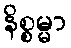
နိစ္စမ္မာ